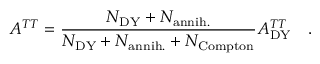
A ^ { T T } = \frac { N _ { \mathrm { D Y } } + N _ { \mathrm { a n n i h . } } } { N _ { \mathrm { D Y } } + N _ { \mathrm { a n n i h . } } + N _ { \mathrm { C o m p t o n } } } A _ { \mathrm { D Y } } ^ { T T } \quad .